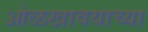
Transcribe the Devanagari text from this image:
ओळखावयाच्या